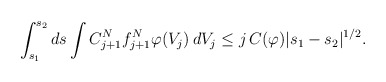
\begin{align*}\int_{s_1} ^{s_2}ds\int C_{j+1}^N f_{j+1}^N\varphi(V_j)\,dV_j\leq j \, C(\varphi) |s_1-s_2|^{1/2}.\end{align*}